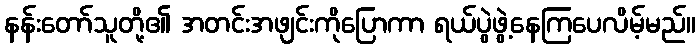
နန်းတော်သူတို့၏ အတင်းအဖျင်းကိုပြောကာ ရယ်ပွဲဖွဲ့နေကြပေလိမ့်မည်။